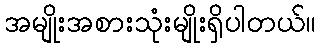
အမျိုးအစားသုံးမျိုးရှိပါတယ်။